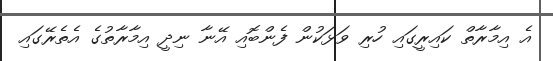
އެ އިމާރާތް ކައިރީގައި ހުރި ވަޅަކުން ފެންބޮއި އޭނާ ނިދީ އިމާރާތުގެ އެތެރޭގައި